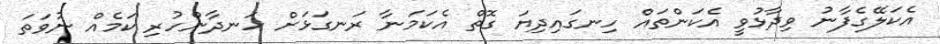
އެކަލޭގެފާނު ވިދާޅުވީ އެކަންތައް ހިނގައިދިޔަ ގޮތް އެކަމަނާ ރަނގަޅަށް ހަނދާންހުރި ކަމެއް ނުވަތަ